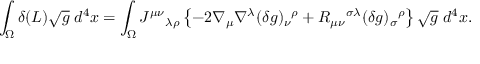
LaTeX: \int _ { \Omega } \delta ( { \cal L } ) \sqrt { g } \; d ^ { 4 } x = \int _ { \Omega } J ^ { \mu \nu } { } _ { \lambda \rho } \left\{ - 2 \nabla _ { \mu } \nabla ^ { \lambda } ( \delta g ) _ { \nu } { } ^ { \rho } + R _ { \mu \nu } { } ^ { \sigma \lambda } ( \delta g ) _ { \sigma } { } ^ { \rho } \right\} \sqrt { g } \; d ^ { 4 } x .